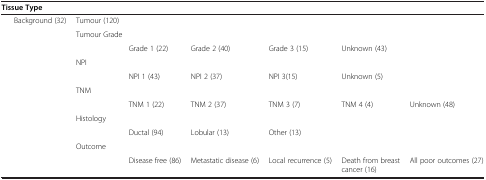
<table><thead><tr><td colspan="8"><b>Tissue Type</b></td></tr></thead><tbody><tr><td> </td><td>Background (32)</td><td>Tumour (120)</td><td> </td><td> </td><td> </td><td> </td><td> </td></tr><tr><td rowspan="10" colspan="2"> </td><td colspan="2">Tumour Grade</td><td> </td><td> </td><td> </td><td> </td></tr><tr><td> </td><td>Grade 1 (22)</td><td>Grade 2 (40)</td><td>Grade 3 (15)</td><td>Unknown (43)</td><td> </td></tr><tr><td>NPI</td><td> </td><td> </td><td> </td><td> </td><td> </td></tr><tr><td> </td><td>NPI 1 (43)</td><td>NPI 2 (37)</td><td>NPI 3(15)</td><td>Unknown (5)</td><td> </td></tr><tr><td colspan="2">TNM</td><td> </td><td> </td><td> </td><td> </td></tr><tr><td> </td><td>TNM 1 (22)</td><td>TNM 2 (37)</td><td>TNM 3 (7)</td><td>TNM 4 (4)</td><td>Unknown (48)</td></tr><tr><td colspan="2">Histology</td><td> </td><td> </td><td> </td><td> </td></tr><tr><td> </td><td>Ductal (94)</td><td>Lobular (13)</td><td>Other (13)</td><td> </td><td> </td></tr><tr><td colspan="2">Outcome</td><td> </td><td> </td><td> </td><td> </td></tr><tr><td> </td><td>Disease free (86)</td><td>Metastatic disease (6)</td><td>Local recurrence (5)</td><td>Death from breast cancer (16)</td><td>All poor outcomes (27)</td></tr></tbody></table>